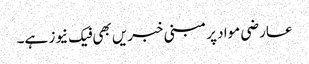
عارضی مواد پر مبنی خبریں بھی فیک نیوز ہے۔